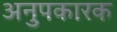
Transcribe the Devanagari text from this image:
अनुपकारक